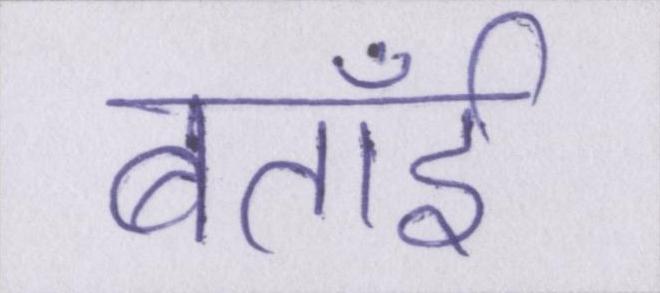
बताईँ